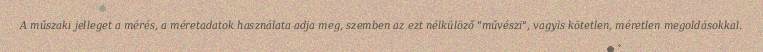
A műszaki jelleget a mérés, a méretadatok használata adja meg, szemben az ezt nélkülöző "művészi", vagyis kötetlen, méretlen megoldásokkal.